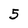
Character: 5